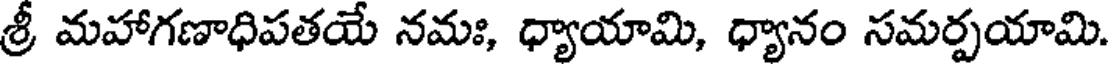
శ్రీ మహాగణాధిపతయే నమః, ధ్యాయామి, ధ్యానం సమర్పయామి.